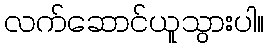
လက်ဆောင်ယူသွားပါ။